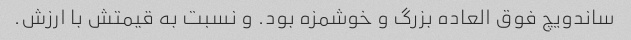
ساندویچ فوق العاده بزرگ و خوشمزه بود. و نسبت به قیمتش با ارزش.